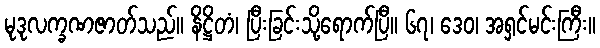
မုဒုလက္ခဏဇာတ်သည်။ နိဋ္ဌိတံ၊ ပြီးခြင်းသို့ရောက်ပြီ။ ၆၇၊ ဒေဝ၊ အရှင်မင်းကြီး။